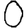
Digit: 0